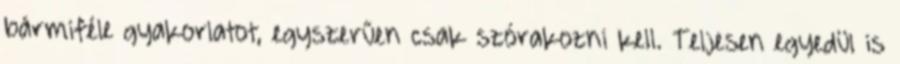
bármiféle gyakorlatot, egyszerűen csak szórakozni kell. Teljesen egyedül is